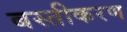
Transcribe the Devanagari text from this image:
बस्तीकरण